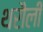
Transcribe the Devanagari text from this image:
थरौली